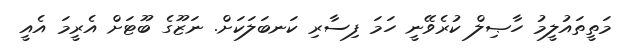
މަތީތައުލީމު ހާޞިލް ކުރެވޭނީ ހަމަ ފިސާރި ކަނބަލަކަށް. ނަޒޫގެ ބޫޓަށް އެރީމަ އެއީ